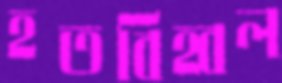
হতবিহ্বল